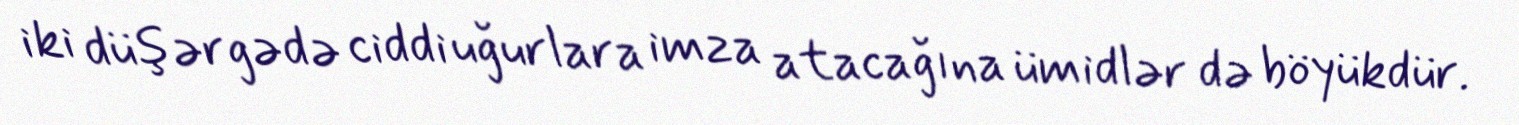
iki düşərgədə ciddi uğurlara imza atacağına ümidlər də böyükdür.